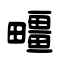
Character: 疅